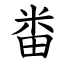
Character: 畨